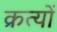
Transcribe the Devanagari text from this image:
क्रत्यों